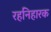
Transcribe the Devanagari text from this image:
रहनिहारक